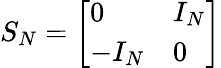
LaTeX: S_{N}={\left[\begin{array}{ll}{0}&{I_{N}}\\ {-I_{N}}&{0}\end{array}\right]}